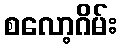
စလော့ဂိမ်း